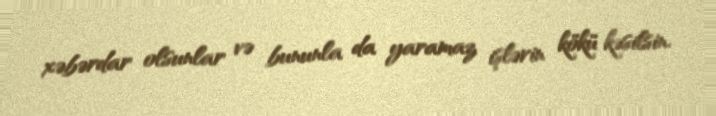
xəbərdar olsunlar və bununla da yaramaz işlərin kökü kəsilsin.